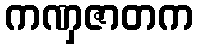
ကဏှဇာတက